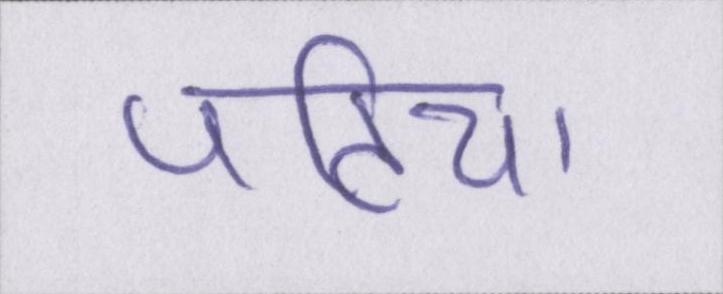
पटिया